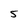
Character: 5